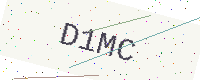
Text: D1MC